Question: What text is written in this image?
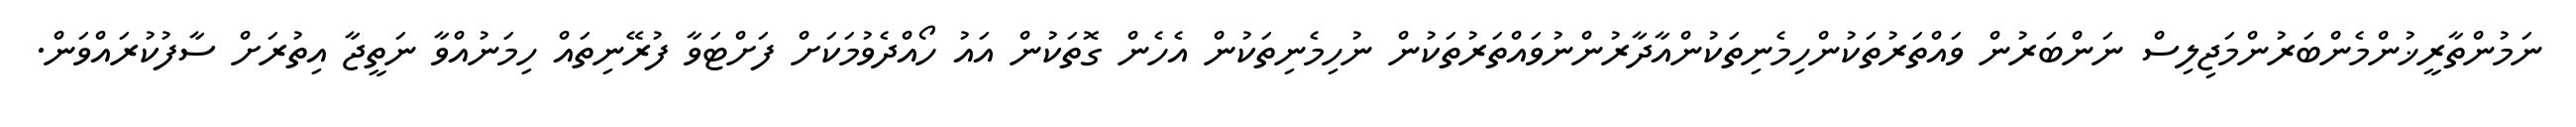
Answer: ނަމުންތާރީޚުންމެންބަރުންމަޖިލިސް ނަންބަރުން ވައްތަރުތަކުންހިމެނިތަކުންއާދާރުންނުވައްތަރުތަކުން ނުހިމެނިތަކުން އެހެން ގޮތަކުން އައު ހޯއްދެވުމަކަށް ފަށްޓަވާ ފުރޭނިތައް ހިމަނުއްވާ ނަތީޖާ އިތުރަށް ސާފުކުރައްވަން.